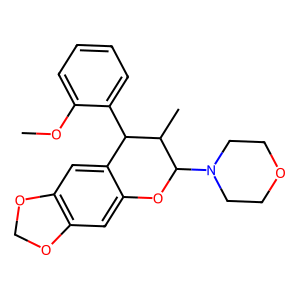
SMILES: COc1ccccc1C1c2cc3c(cc2OC(N2CCOCC2)C1C)OCO3
Inhibits HIV replication: No